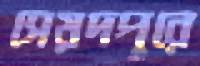
সেয়দপুরে